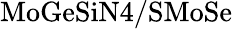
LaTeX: \mathrm{MoGeSiN4/SMoSe}